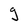
Character: g